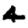
Digit: 4